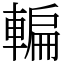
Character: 䡢